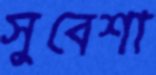
সুবেশা